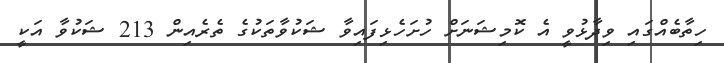
ހިތާބެއްގައި ވިދާޅުވީ އެ ކޮމިޝަނަށް ހުށަހެޅިފައިވާ ޝަކުވާތަކުގެ ތެރެއިން 213 ޝަކުވާ އަކީ